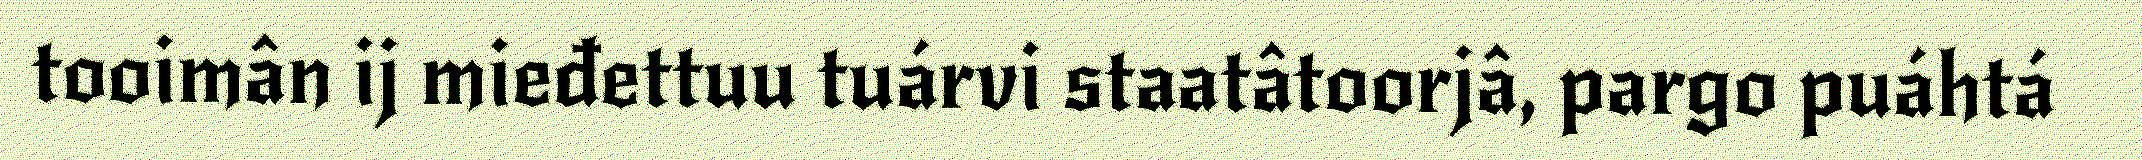
tooimân ij mieđettuu tuárvi staatâtoorjâ, pargo puáhtá